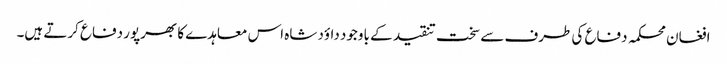
افغان محکمہ دفاع کی طرف سے سخت تنقید کے باوجود داؤد شاہ اس معاہدے کا بھرپور دفاع کرتے ہیں۔